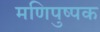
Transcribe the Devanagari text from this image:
मणिपुष्पक